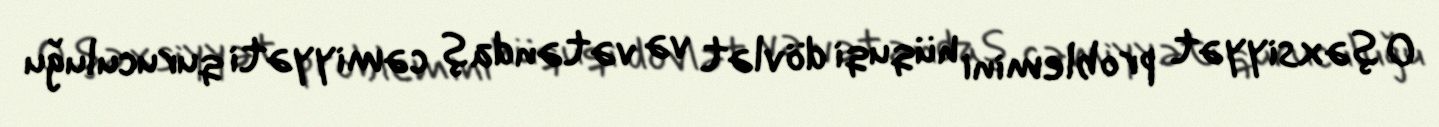
O şəxsiyyət problemini hüquqi dövlət və vətəndaş cəmiyyəti quruculuğu